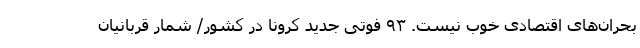
بحران‌های اقتصادی خوب نیست. ۹۳ فوتی جدید کرونا در کشور/ شمار قربانیان